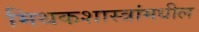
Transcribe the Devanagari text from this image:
मिथकशास्त्रांमधील